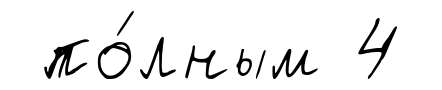
по́лным 4